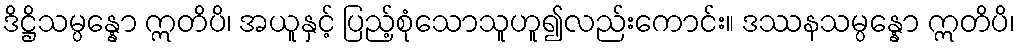
ဒိဋ္ဌိသမ္ပန္နော ဣတိပိ၊ အယူနှင့် ပြည့်စုံသောသူဟူ၍လည်းကောင်း။ ဒဿနသမ္ပန္နော ဣတိပိ၊